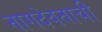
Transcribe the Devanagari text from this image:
नागदेवताची